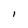
Character: I